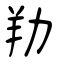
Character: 劷